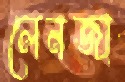
লেনজা